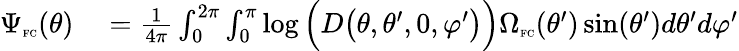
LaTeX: \begin{array}{rl}{\Psi_{\textnormal{\tiny{FC}}}(\theta)}&{{}=\frac{1}{4\pi}\int_{0}^{2\pi}\int_{0}^{\pi}\log\Big(D\big(\theta,\theta^{\prime},0,\varphi^{\prime}\big)\Big)\Omega_{\textnormal{\tiny{FC}}}(\theta^{\prime})\sin(\theta^{\prime})d\theta^{\prime}d\varphi^{\prime}}\end{array}